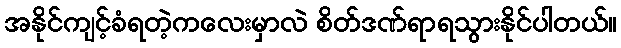
အနိုင်ကျင့်ခံရတဲ့ကလေးမှာလဲ စိတ်ဒဏ်ရာရသွားနိုင်ပါတယ်။